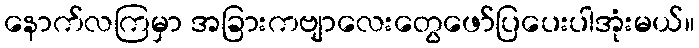
နောက်လကြမှာ အခြားကဗျာလေးတွေဖော်ပြပေးပါအုံးမယ်။